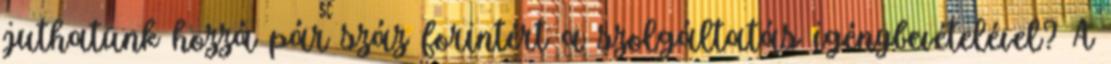
juthatunk hozzá pár száz forintért a szolgáltatás igénybevételével? A